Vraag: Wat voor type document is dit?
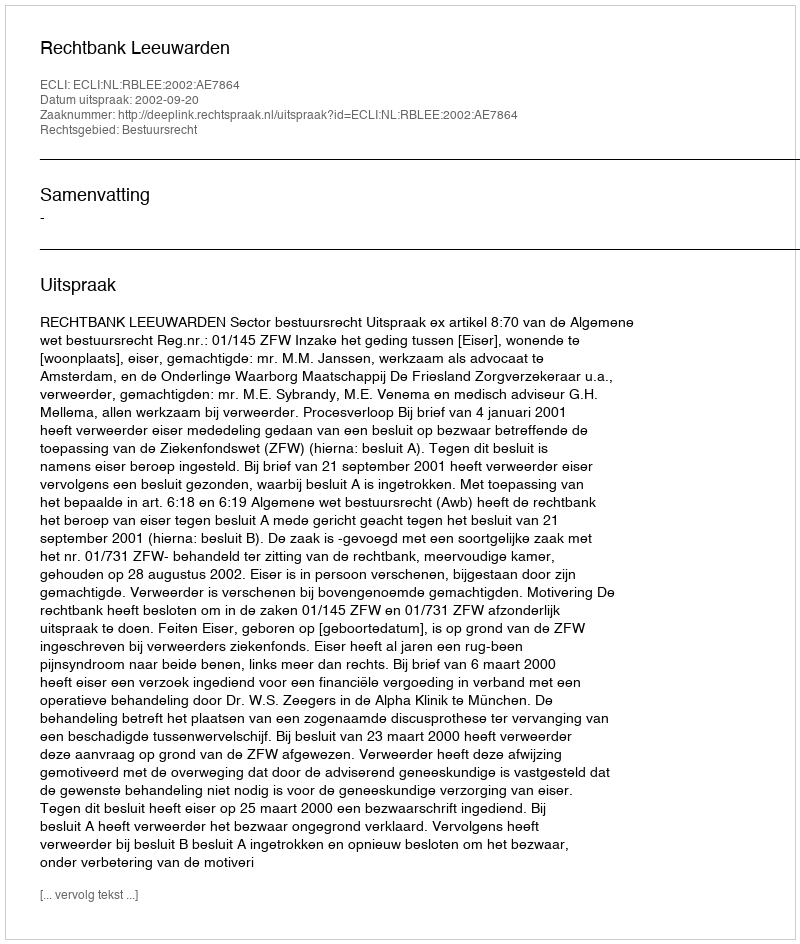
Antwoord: Uitspraak